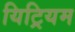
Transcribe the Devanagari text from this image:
यिट्रियम